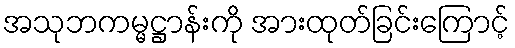
အသုဘကမ္မဋ္ဌာန်းကို အားထုတ်ခြင်းကြောင့်